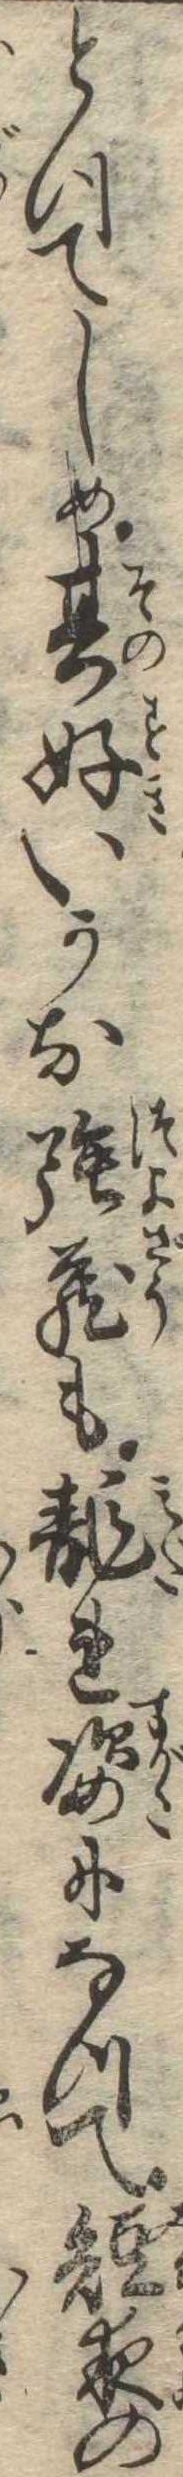
とつてしめ其好いかな強蔵も乱れ姿になつて短夜の